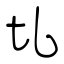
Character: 圠